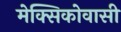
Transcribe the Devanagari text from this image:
मेक्सिकोवासी